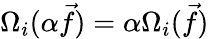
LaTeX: \Omega_{i}(\alpha\vec{f})=\alpha\Omega_{i}(\vec{f})